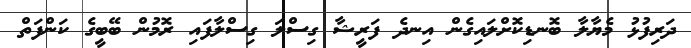
ދަރިފުޅު މެޔާލާ ބޮނޑިކޮށްލައިގެން އިނދެ ފަރީޝާ ގިސްލަ ގިސްލާފައި ރޮމުން ބޭބީގެ ކަންފަތް